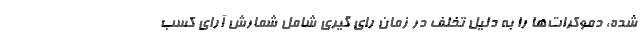
شده، دموکرات‌ها را به دلیل تخلف در زمان رای گیری شامل شمارش آرای کسب